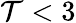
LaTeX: \mathcal{T}<3